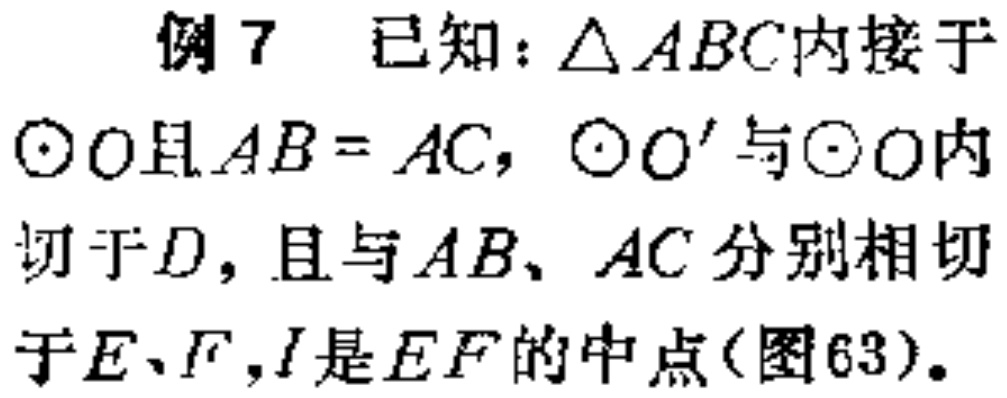
例7 已知：\(\triangle ABC\)内接于\(\odot O\)且\(AB = AC\)，\(\odot O'\)与\(\odot O\)内切于\(D\)，且与\(AB\)、\(AC\)分别相切于\(E\)、\(F\)，\(I\)是\(EF\)的中点(图63)。